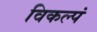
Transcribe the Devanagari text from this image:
विकल्पं